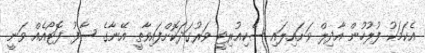
އެކަމަކު ފުލުހުން އާދިލް ވަށައިލައި ސެކިއުރިޓީ ވަރުގަދަކޮށްފައިވާތީ އޭނާގެ ސާފު ފޮޓޯއެއް ވަނީ